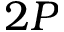
2 P